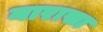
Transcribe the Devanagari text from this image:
नारासा